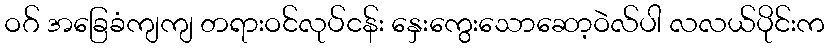
ဝဂ် အခြေခံကျကျ တရားဝင်လုပ်ငန်း နှေးကွေးသောဆော့ဝဲလ်ပါ လလယ်ပိုင်းက